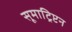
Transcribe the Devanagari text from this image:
सूमाट्रिप्टन